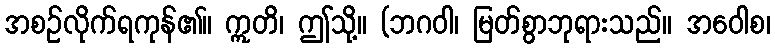
အစဉ်လိုက်ရကုန်၏။ ဣတိ၊ ဤသို့။ (ဘဂဝါ၊ မြတ်စွာဘုရားသည်။ အဝေါစ၊